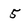
Character: 5